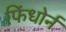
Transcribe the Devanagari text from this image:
फिंधोर्न